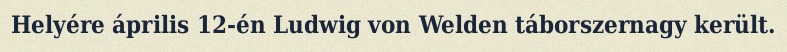
Helyére április 12-én Ludwig von Welden táborszernagy került.